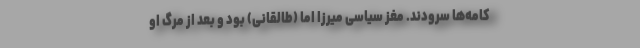
کامه‌ها سرودند. مغز سیاسی میرزا اما (طالقانی) بود و بعد از مرگ او